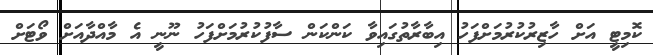
ކޮމިޓީ އަށް ހާޒިރުކުރުމަށްފަހު އިބާރާތުގައިވާ ކަންކަން ސާފުކުރުމަށްފަހު ނޫނީ އެ މާއްދާއަށް ވޯޓަށް